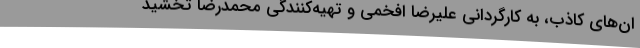
ان‌های کاذب، به کارگردانی علیرضا افخمی و تهیه‌کنندگی محمدرضا تخشید